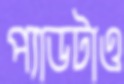
প্যাডটাও